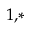
^ { 1 , * }